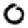
Digit: 0